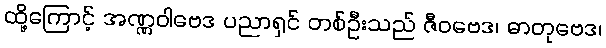
ထို့ကြောင့် အဏ္ဏဝါဗေဒ ပညာရှင် တစ်ဦးသည် ဇီဝဗေဒ၊ ဓာတုဗေဒ၊